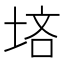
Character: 𪣠